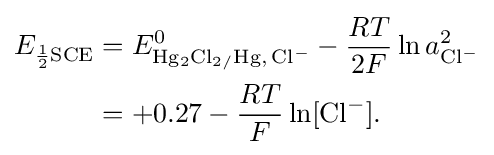
{\begin{aligned}E_{{\frac {1}{2}}{\ce {SCE}}}&=E_{{\ce {Hg2Cl2/Hg,Cl-}}}^{0}-{\frac {RT}{2F}}\ln a_{{\ce {Cl-}}}^{2}\\&=+0.27-{\frac {RT}{F}}\ln[{\ce {Cl-}}].\end{aligned}}